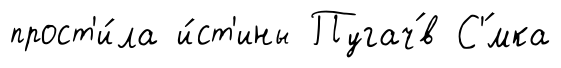
прост'и́ла и́ст'ины Пугач́в С'́мка